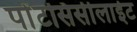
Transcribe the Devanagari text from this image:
पोंटसिसीलाईट